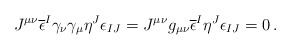
\begin{align*}J^{\mu\nu}\overline{\epsilon}^{I}\gamma_{\nu}\gamma_{\mu}\eta^{J}\epsilon_{IJ}=J^{\mu\nu}g_{\mu\nu}\overline{\epsilon}^{I}\eta^{J}\epsilon_{IJ}=0\, .\end{align*}